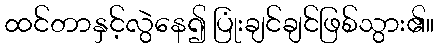
ထင်တာနှင့်လွဲနေ၍ ပြုံးချင်ချင်ဖြစ်သွား၏။